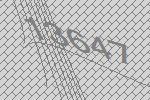
13647